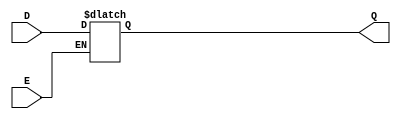
module async_gated_latch (
    input wire D,      // Data input
    input wire E,      // Enable signal
    output reg Q       // Output
);

// Always block to implement the latch functionality
always @(*) begin
    if (E) begin
        Q = D;        // Capture the value of D when E is high
    end
    // When E is low, Q retains its previous value (no assignment)
end

endmodule